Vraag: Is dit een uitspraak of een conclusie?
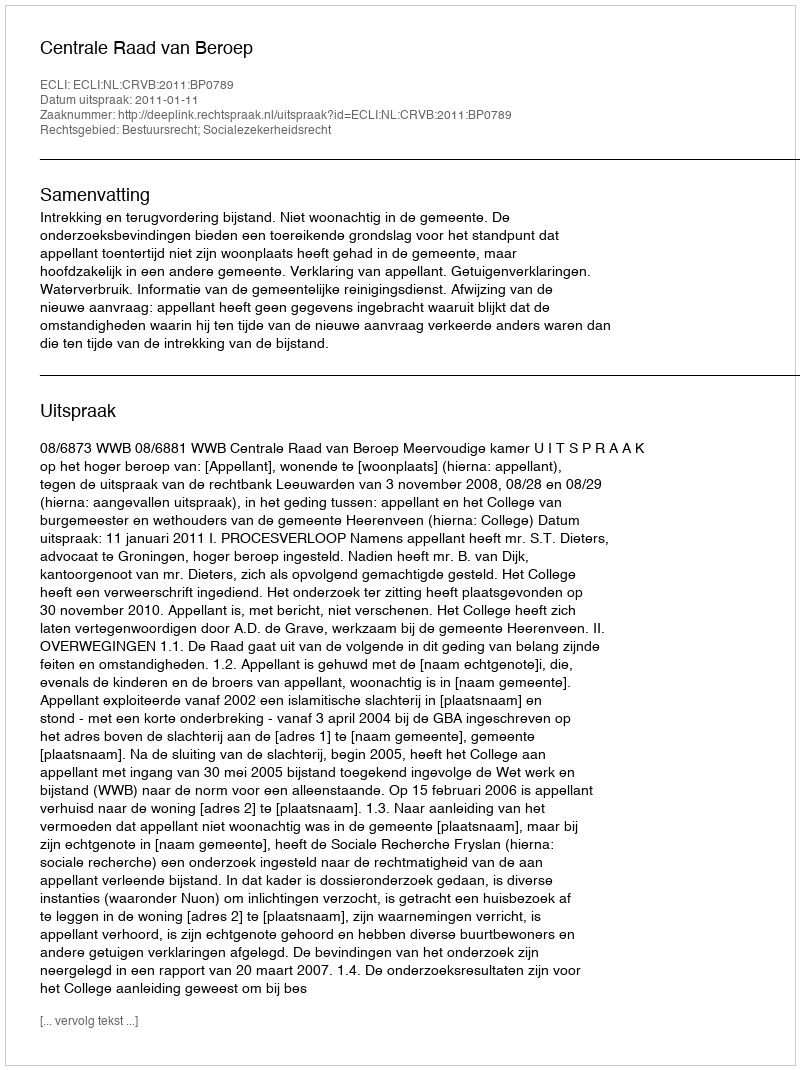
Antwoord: Uitspraak